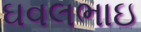
ઘવલભાઇ